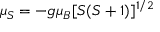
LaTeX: \mu _ { S } = - g \mu _ { B } [ S ( S + 1 ) ] ^ { 1 / 2 }